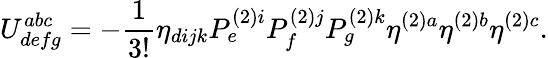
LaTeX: U_{defg}^{abc}=-\frac{1}{3!}\eta_{dijk}P_{e}^{(2)i}P_{f}^{(2)j}P_{g}^{(2)k}\eta^{(2)a}\eta^{(2)b}\eta^{(2)c}.